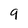
Character: 9